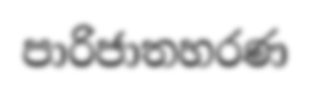
පාරිජාතහරණ